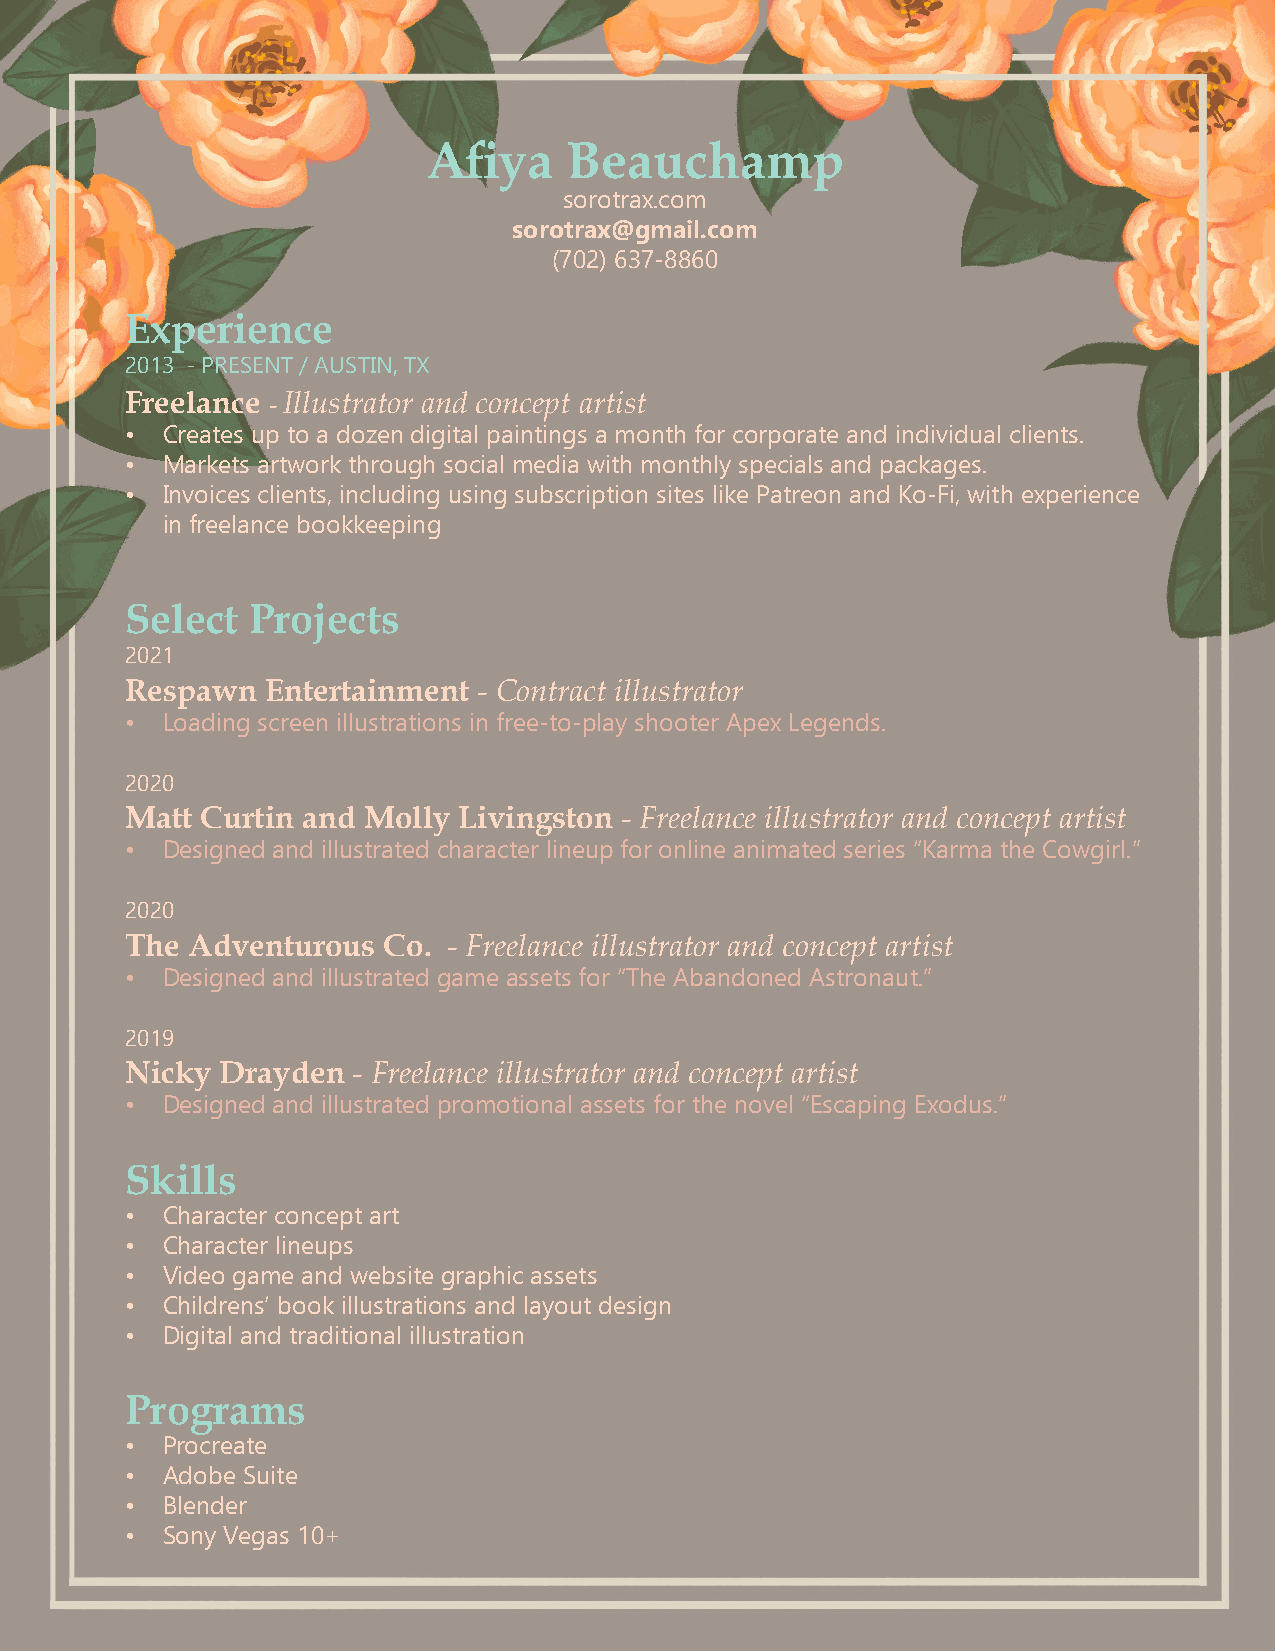
Afiya    Beauchamp
 sorotrax.com
 sorotrax@gmail.com
 (702) 637-8860
 Experience
 2013 - PRESENT / AUSTIN, TX
 Freelance - Illustrator and concept artist
 •  Creates up to a dozen digital paintings a month for corporate and individual clients.
 •  Markets artwork through social media with monthly specials and packages.
 •  Invoices clients, including using subscription sites like Patreon and Ko-Fi, with experience
 in freelance bookkeeping
 Select  Projects
 2021
 Respawn   Entertainment - Contract illustrator
 •  Loading screen illustrations in free-to-play shooter Apex Legends.
 2020
 Matt Curtin and Molly Livingston - Freelance illustrator and concept artist
 •  Designed and illustrated character lineup for online animated series “Karma the Cowgirl.”
 2020
 The Adventurous  Co.  - Freelance illustrator and concept artist
 •  Designed and illustrated game assets for “The Abandoned Astronaut.”
 2019
 Nicky  Drayden - Freelance illustrator and concept artist
 •  Designed and illustrated promotional assets for the novel “Escaping Exodus.”
 Skills
 •  Character concept art
 •  Character lineups
 •  Video game and website graphic assets
 •  Childrens’ book illustrations and layout design
 •  Digital and traditional illustration
 Programs
 •  Procreate
 •  Adobe Suite
 •  Blender
 •  Sony Vegas 10+